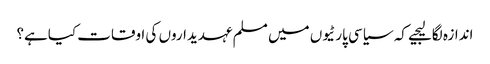
اندازہ لگالیجیے کہ سیاسی پارٹیوں میں مسلم عہدیداروں کی اوقات کیاہے؟